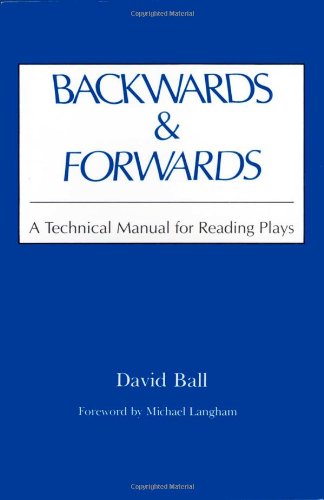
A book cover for Backwards & Forwards: A Technical Manual for Reading Plays; David Ball; Humor & Entertainment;